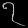
Digit: ၇